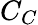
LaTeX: C_{C}